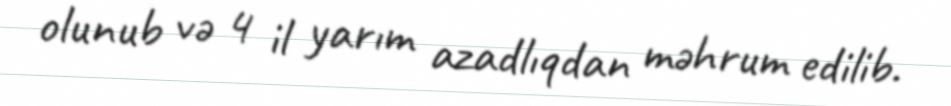
olunub və 4 il yarım azadlıqdan məhrum edilib.